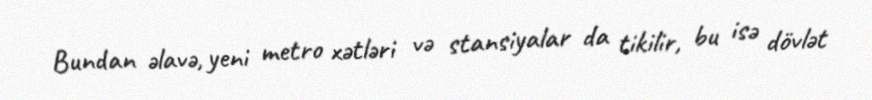
Bundan əlavə, yeni metro xətləri və stansiyalar da tikilir, bu isə dövlət